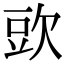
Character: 㰯